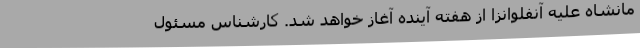
مانشاه علیه آنفلوانزا از هفته آینده آغاز خواهد شد. کارشناس مسئول